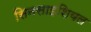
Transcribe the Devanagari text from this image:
सिनसाइशियल